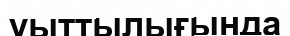
уыттылығында